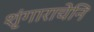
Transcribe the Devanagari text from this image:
शृंगाराचेनि